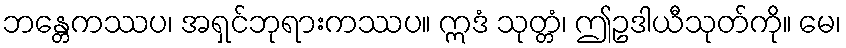
ဘန္တေကဿပ၊ အရှင်ဘုရားကဿပ။ ဣဒံ သုတ္တံ၊ ဤဥဒါယီသုတ်ကို။ မေ၊